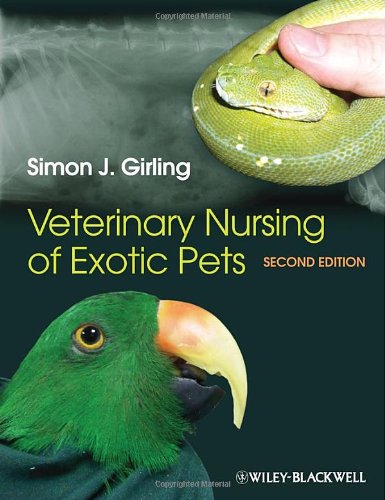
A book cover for Veterinary Nursing of Exotic Pets; Simon J. Girling; Medical Books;